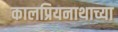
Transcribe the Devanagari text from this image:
कालप्रियनाथाच्या